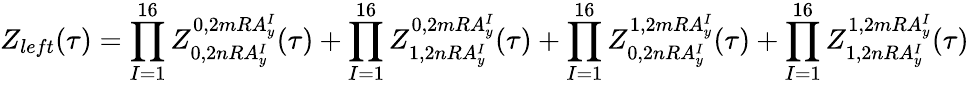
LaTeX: Z_{left}(\tau)=\prod_{I=1}^{16}Z_{0,2nRA_{y}^{I}}^{0,2mRA_{y}^{I}}(\tau)+\prod_{I=1}^{16}Z_{1,2nRA_{y}^{I}}^{0,2mRA_{y}^{I}}(\tau)+\prod_{I=1}^{16}Z_{0,2nRA_{y}^{I}}^{1,2mRA_{y}^{I}}(\tau)+\prod_{I=1}^{16}Z_{1,2nRA_{y}^{I}}^{1,2mRA_{y}^{I}}(\tau)